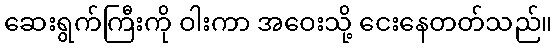
ဆေးရွက်ကြီးကို ဝါးကာ အဝေးသို့ ငေးနေတတ်သည်။